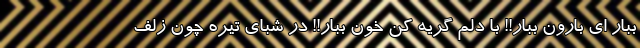
ببار اِی بارون ببار!! با دلم گريه کن خون ببار!! در شبای تيره چون زُلف